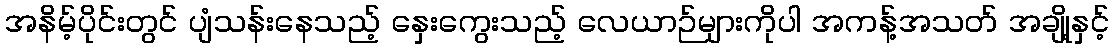
အနိမ့်ပိုင်းတွင် ပျံသန်းနေသည့် နှေးကွေးသည့် လေယာဉ်များကိုပါ အကန့်အသတ် အချို့နှင့်